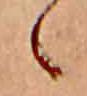
ゝ